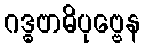
ဂဒ္ဓဗာဓိပုဗ္ဗေန